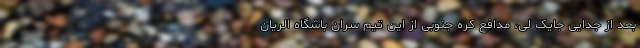
بعد از جدایی جایک لی، مدافع کره جنوبی از این تیم سران باشگاه الریان